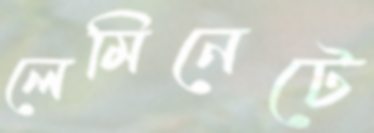
লেমিনেটে